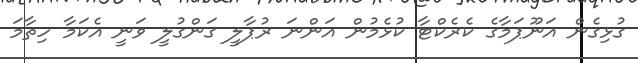
ގުޅިގެން އަނޫޕަމާގެ ކެރެކްޓާ ކުޅެމުން އަންނަ ރުޕާލީ ގަންގުލީ ވަނީ އެކަމާ ހިތާމަ